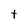
Character: t